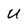
Character: U